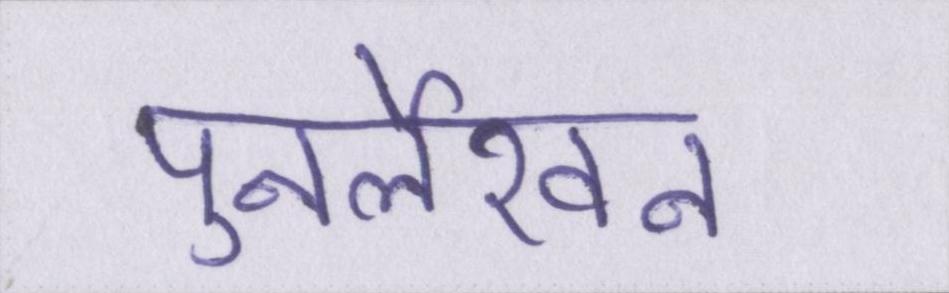
पुनर्लेखन